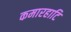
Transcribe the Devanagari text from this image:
कमारहाटि